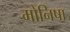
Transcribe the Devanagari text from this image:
मोनिषा